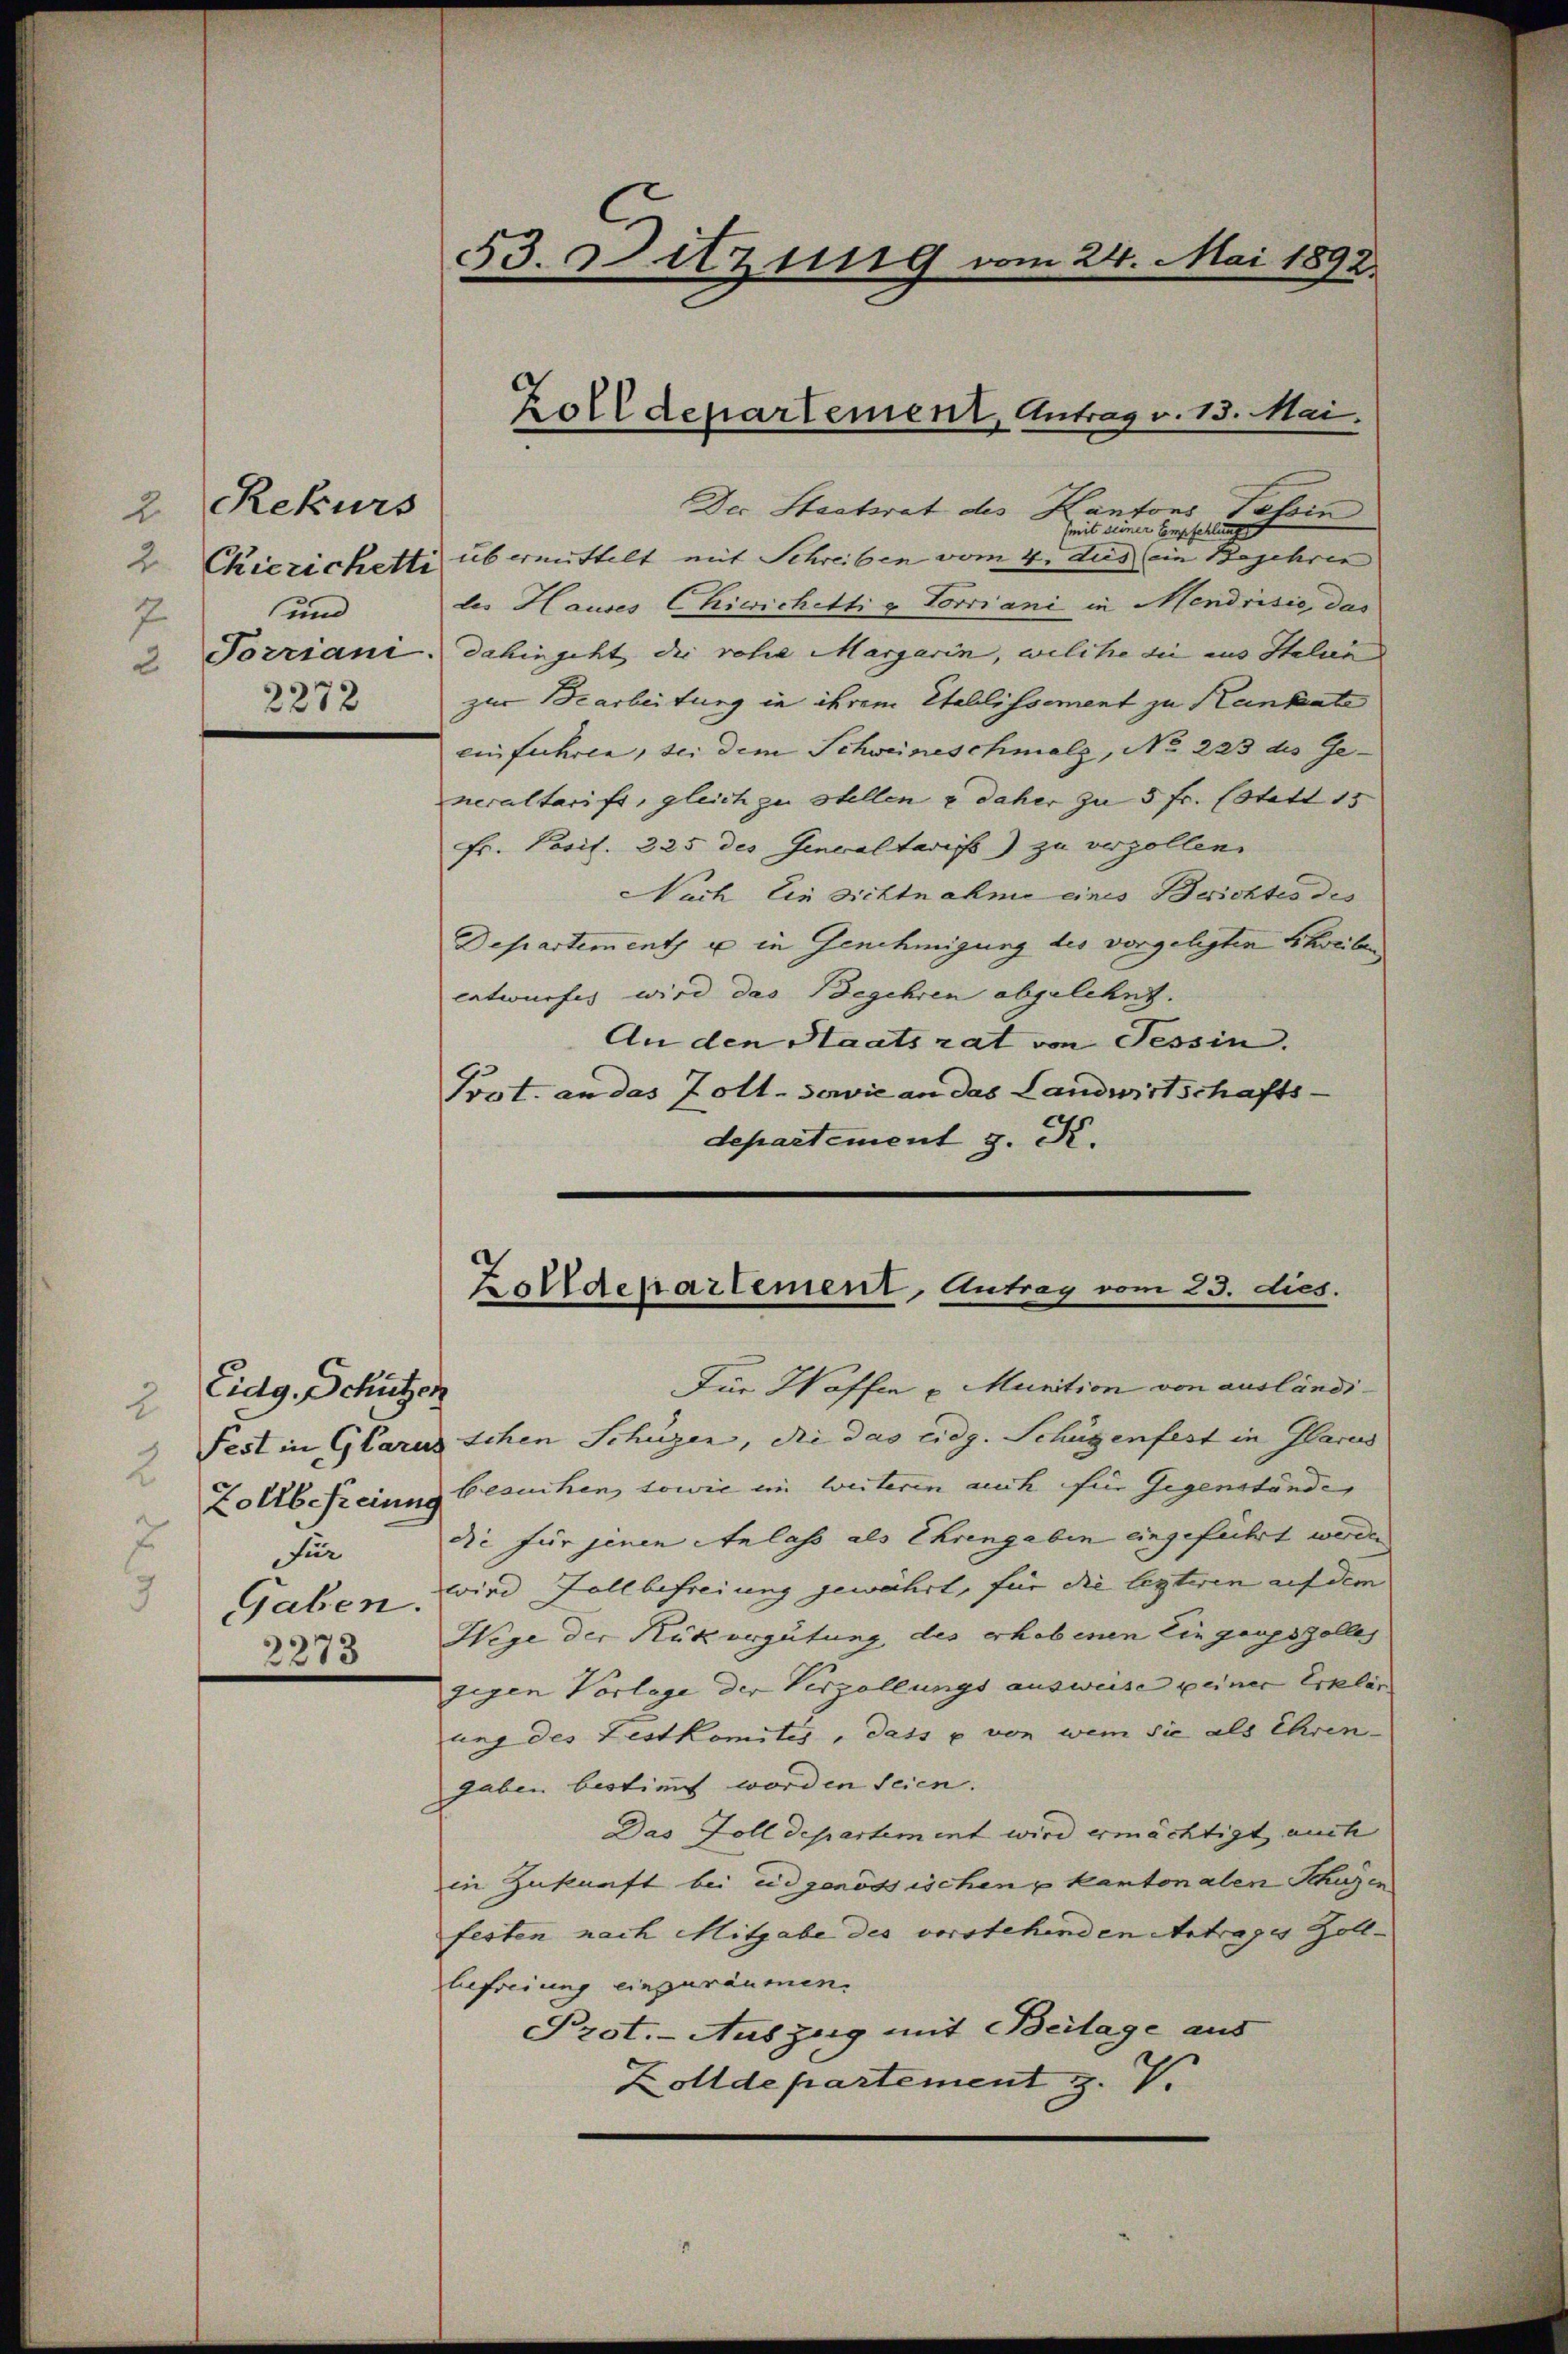
Rekurs
2
2 Chierichetti
und
7
2
2272

Eidg. Schützen
2.
Für

2273

Der Stadtrat des Kantons Tehin
(mit seiner Empfehlungs
übermittelt mit Schreiben vom 4. Aus (ein Begehren
des Hauses Chicrichetti & Torriani in Mendrisie, das
Tozriani, dahingeht die rohe Margarin, welche die aus Italien
zur Bearbeitung in ihrem Etablissement zu Kantate
einfuhren, sei dem Schweineschmalz, No 223 des Ge-
neraltarifs, gleich zu stellen & daher zu 5 fr. (statt 15
Fr. Posit. 225 des Genoaltarifs) zu verzollen.
Nach Ein sichtnahme eines Besichtes des
Departements u in Genehmigung des vorgelegten Schreiben
entwurfes wird das Begehren abgelehnt.
An den Staatsrat von Tessin.
Post. an das Zott. sowie an das Landwirtschafts-
departement J. K.

53. Sitzung vom 24. Mai 1892.

Zolldepartement, Antrag v. 13. Mai.

Zolldepartement, Antrag vom 23. dies.

Für Waffen u. Munition von ausländi¬
Fest in Glarus schen Schüzen, die das eidg. Schüzenfest in Glarus
Zollbefreiung besuchen, sowie ein weiteren auch für Gegenständer
die für jenen Anlass als Ehrengaben eingeführt werden
Gahen wird Zollbefreiung gewährt, für die lezteren auf dem
Wege der Rükergütung des erhebenen Eingangszolles
gegen Vorlege der Verzöllungs ausweise keiner Erklär
ung des Festkomites, dass u. von wem sie als Ehren-
gaben bestimmt worden seien.
Das Zolldepartement wird ermächtigt auch
in Zukunft bei und genössischen u kantonalen Schagen
festen nach Mitgabe des vorstehenden Antrages Zoll-
befreiung einzuräumen.
Prot. - Auszug mit Beilage aus
Zolldepartement z. V.